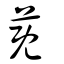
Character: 蔇